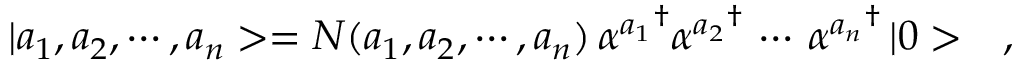
| a _ { 1 } , a _ { 2 } , \cdots , a _ { n } > = N ( a _ { 1 } , a _ { 2 } , \cdots , a _ { n } ) \, { \alpha ^ { a _ { 1 } } } ^ { \dagger } { \alpha ^ { a _ { 2 } } } ^ { \dagger } \, \cdots \, { \alpha ^ { a _ { n } } } ^ { \dagger } \, | 0 > \ \ \ ,